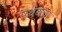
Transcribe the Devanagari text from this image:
पथवेचा